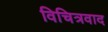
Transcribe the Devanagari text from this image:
विचित्रवाद